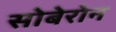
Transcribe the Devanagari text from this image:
सोबेरोन